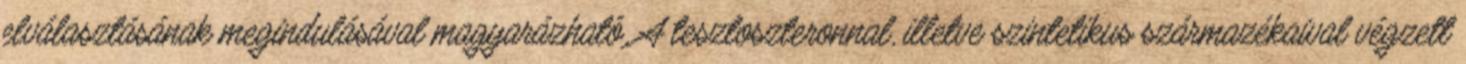
elválasztásának megindulásával magyarázható. A tesztoszteronnal, illetve szintetikus származékaival végzett